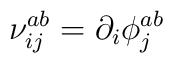
\nu_{ij}^{ab}= \partial_i\phi_j^{ab}